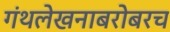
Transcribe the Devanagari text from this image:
गंथलेखनाबरोबरच